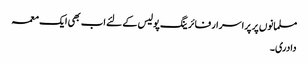
مسلمانوں پر پراسرار فائرینگ پولیس کے لئے اب بھی ایک معمہ
دادری۔